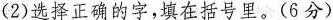
（2）选择正确的字，填在括号里。（6分）